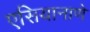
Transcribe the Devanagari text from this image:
एसियानाणे